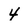
Character: 4